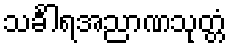
သင်္ခါရအညာဏသုတ္တံ